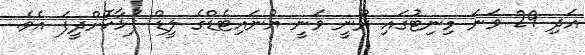
އަދި 29 ވަނަ މިނިޓުގައި ރޫނީ ވަނީ ޔުނައިޓެޑްގެ ލީޑް ފުޅާކޮށްދީފަ އެވެ.